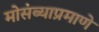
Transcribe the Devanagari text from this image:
मोसंब्याप्रमाणे